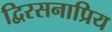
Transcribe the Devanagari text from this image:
द्विरसनाप्रिय